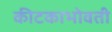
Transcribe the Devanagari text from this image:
कीटकाभोवती